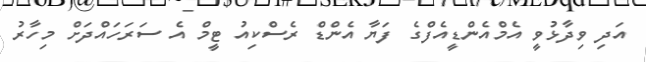
އަދި ވިދާޅުވީ އެމްއެންޑީއެފްގެ ފަޔާ އެންޑް ރެސްކިއު ޓީމް އެ ސަރަހައްދަށް މިހާރު